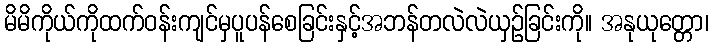
မိမိကိုယ်ကိုထက်ဝန်းကျင်မှပူပန်စေခြင်းနှင့်အဘန်တလဲလဲယှဉ်ခြင်းကို။ အနုယုတ္တော၊